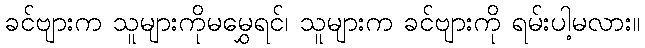
ခင်ဗျားက သူများကိုမမွှေရင်၊ သူများက ခင်ဗျားကို ရမ်းပါ့မလား။